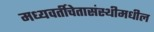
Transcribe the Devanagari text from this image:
मध्यवर्तीचेतासंस्थीमधील